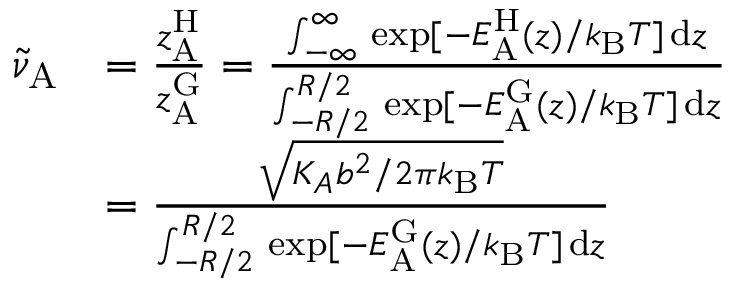
\begin{array} { r l } { \tilde { \nu } _ { \mathrm { A } } } & { = \frac { z _ { \mathrm { A } } ^ { \mathrm { H } } } { z _ { \mathrm { A } } ^ { \mathrm { G } } } = \frac { \int _ { - \infty } ^ { \infty } \, \exp [ - E _ { \mathrm { A } } ^ { \mathrm { H } } ( z ) / k _ { \mathrm { B } } T ] \, \mathrm { d } z } { \int _ { - R / 2 } ^ { R / 2 } \, \exp [ - E _ { \mathrm { A } } ^ { \mathrm { G } } ( z ) / k _ { \mathrm { B } } T ] \, \mathrm { d } z } } \\ & { = \frac { \sqrt { K _ { A } b ^ { 2 } / 2 \pi k _ { \mathrm { B } } T } } { \int _ { - R / 2 } ^ { R / 2 } \, \exp [ - E _ { \mathrm { A } } ^ { \mathrm { G } } ( z ) / k _ { \mathrm { B } } T ] \, \mathrm { d } z } } \end{array}